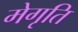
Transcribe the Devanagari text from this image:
मेगृति